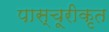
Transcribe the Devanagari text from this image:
पास्चूरीकृत